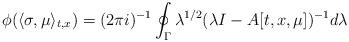
LaTeX: \begin{align*}\phi(\langle \sigma, \mu\rangle_{t,x}) = (2\pi i)^{-1}\oint_\Gamma \lambda^{1/2}(\lambda I- A[t,x,\mu])^{-1}d\lambda\end{align*}